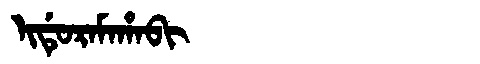
Manchu: ᡳᡩᡠᡵᠠᠮᠠᡥᠠᠪᡳ
Romanization: IDURAMAHABI